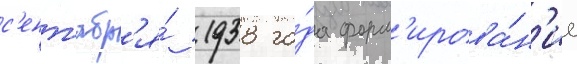
с'ент'ябр'я́ 1938 го́да форм'ирова́н'ие